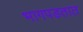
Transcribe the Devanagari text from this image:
भागपडतात